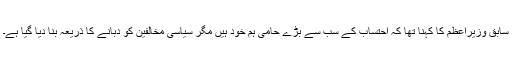
سابق وزیراعظم کا کہنا تھا کہ احتساب کے سب سے بڑے حامی ہم خود ہیں مگر سیاسی مخالفین کو دبانے کا ذریعہ بنا دیا گیا ہے۔